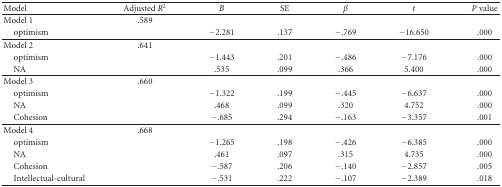
| Model | Adjusted R2 | B | SE | β | t | P value |
 | --- | --- | --- | --- | --- | --- | --- |
 | Model 1 | .589 |  |  |  |  |  |
 | optimism |  | −2.281 | .137 | −.769 | −16.650 | .000 |
 | Model 2 | .641 |  |  |  |  |  |
 | optimism |  | −1.443 | .201 | −.486 | −7.176 | .000 |
 | NA |  | .535 | .099 | .366 | 5.400 | .000 |
 | Model 3 | .660 |  |  |  |  |  |
 | optimism |  | −1.322 | .199 | −.445 | −6.637 | .000 |
 | NA |  | .468 | .099 | .320 | 4.752 | .000 |
 | Cohesion |  | −.685 | .294 | −.163 | −3.357 | .001 |
 | Model 4 | .668 |  |  |  |  |  |
 | optimism |  | −1.265 | .198 | −.426 | −6.385 | .000 |
 | NA |  | .461 | .097 | .315 | 4.735 | .000 |
 | Cohesion |  | −.587 | .206 | −.140 | −2.857 | .005 |
 | Intellectual-cultural |  | −.531 | .222 | −.107 | −2.389 | .018 |